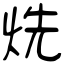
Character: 烍